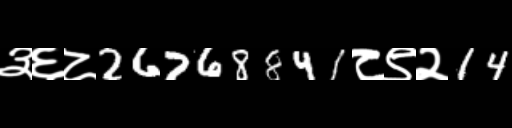
Text: ३६८26768841८९२14